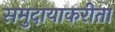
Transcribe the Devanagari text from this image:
समुदायाकरीता